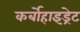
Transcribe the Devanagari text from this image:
कर्बोहाइड्रेट